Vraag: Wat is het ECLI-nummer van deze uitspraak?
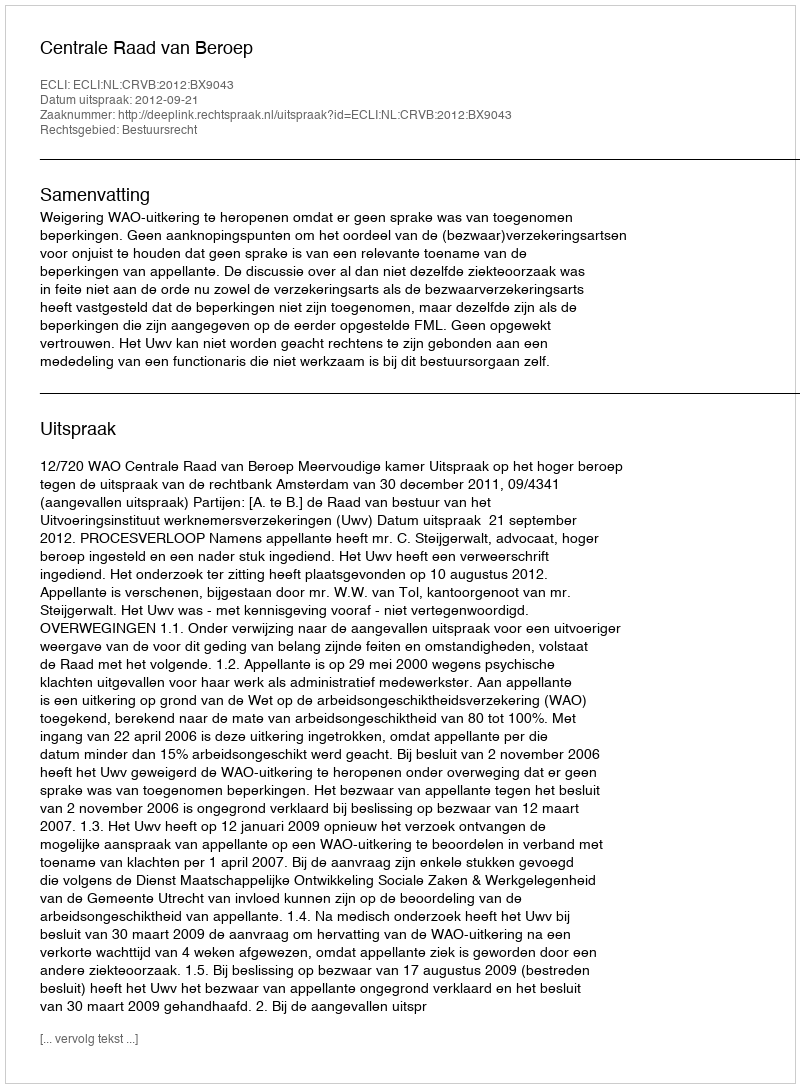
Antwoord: ECLI:NL:CRVB:2012:BX9043